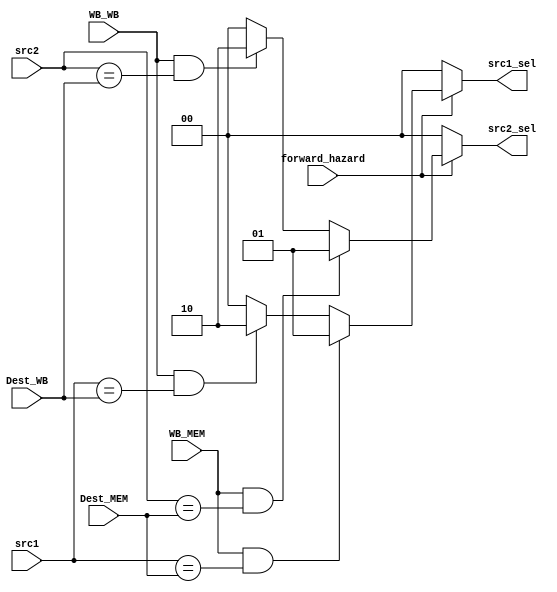
module Forwarding_Unit(forward_hazard, src1, src2, Dest_MEM, WB_MEM, Dest_WB, WB_WB, src1_sel, src2_sel);

input forward_hazard;
input[3:0] src1, src2, Dest_MEM, Dest_WB;
input WB_MEM, WB_WB;
output[1:0] src1_sel, src2_sel;

assign src1_sel = (~forward_hazard)? 2'b00: ((((WB_MEM)&&((src1==Dest_MEM))))? 2'b01: ((((WB_WB)&&((src1==Dest_WB))))? 2'b10: 2'b00));
assign src2_sel = (~forward_hazard)? 2'b00: ((((WB_MEM)&&((src2==Dest_MEM))))? 2'b01: ((((WB_WB)&&((src2==Dest_WB))))? 2'b10: 2'b00));

endmodule